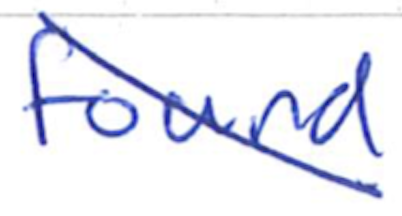
Text: found
Cross-out: diagonal
Writing tool: ballpoint